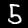
Digit: 5